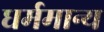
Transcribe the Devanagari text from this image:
धर्ममान्य